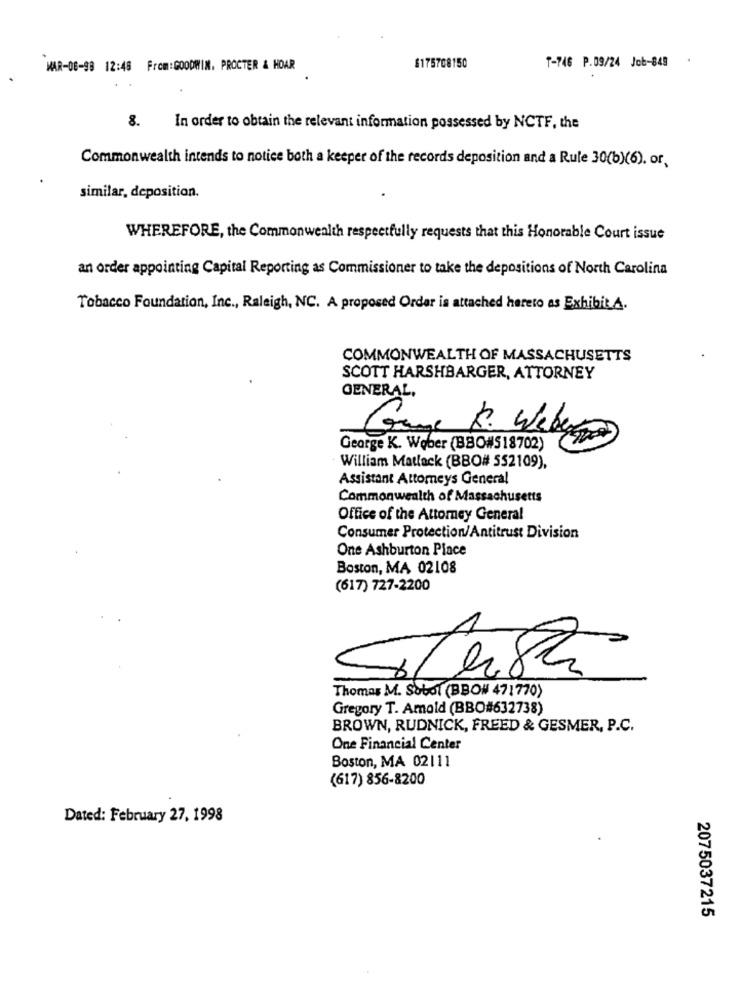
T-746 P.09/24 Job-849 .
MAR-08-98 12:48 From:GOODWIN. PROCTER & HOAR
$175708150
8.
In order to obtain the relevant information possessed by NCTF, the
Commonwealth intends to notice both a keeper of the records deposition and a Rule 30(b)(6), or,
similar, deposition.
WHEREFORE, the Commonwealth respectfully requests that this Honorable Court issue
an order appointing Capital Reporting as Commissioner to take the depositions of North Carolina
Tobacco Foundation, Inc ., Raleigh, NC. A proposed Order is attached hereto as Exhibit A.
COMMONWEALTH OF MASSACHUSETTS
SCOTT HARSHBARGER, ATTORNEY
GENERAL,
Game K. Weber
George K. Weber (BBO#S18702)
William Matlack (BBO# 552109),
Assistant Attorneys General
Commonwealth of Massachusetts
Office of the Attorney General
Consumer Protection/Antitrust Division
One Ashburton Place
Boston, MA 02108
(617) 727-2200
Thomas M. Sobol (BBON 471770)
Gregory T. Amold (BBO#632738)
BROWN, RUDNICK, FREED & GESMER, P.C.
One Financial Center
Boston, MA 02111
(617) 856-8200
Dated: February 27, 1998
2075037215